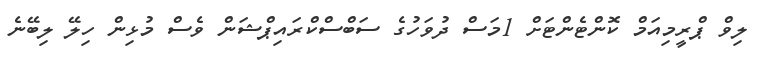
ލިވް ޕްރީމިއަމް ކޮންޓެންޓަށް 1މަސް ދުވަހުގެ ސަބްސްކްރައިޕްޝަން ވެސް މުޅިން ހިލޭ ލިބޭނެ